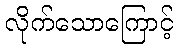
လိုက်သောကြောင့်